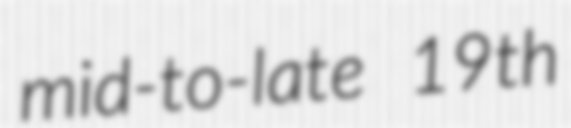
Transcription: mid-to-late 19th